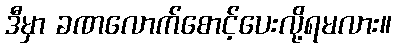
ဒီမှာ ခဏလောက်စောင့်ပေးလို့ရမလား။